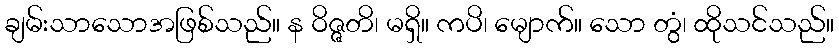
ချမ်းသာသောအဖြစ်သည်။ န ဝိဇ္ဇတိ၊ မရှိ။ ကပိ၊ မျောက်။ သော တွံ၊ ထိုသင်သည်။